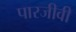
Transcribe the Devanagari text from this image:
पारजीवी